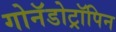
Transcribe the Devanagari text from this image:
गोनॅडोट्रॉपिन